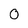
Character: 0